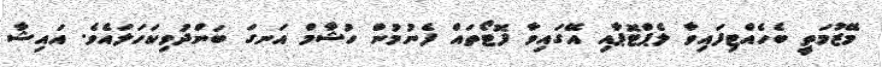
މޭޒުމަތީ ބެހެއްޓިފައިވާ ލެެޕްޓޮޕާއި އޭގައިވާ ފޮޓޯތައް ފެނުމުން ހުޝާމް އަނގަ ބަންދުވިކަހަލައެވެ. އައިޝާ